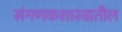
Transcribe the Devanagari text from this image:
संगणकशास्त्रातील